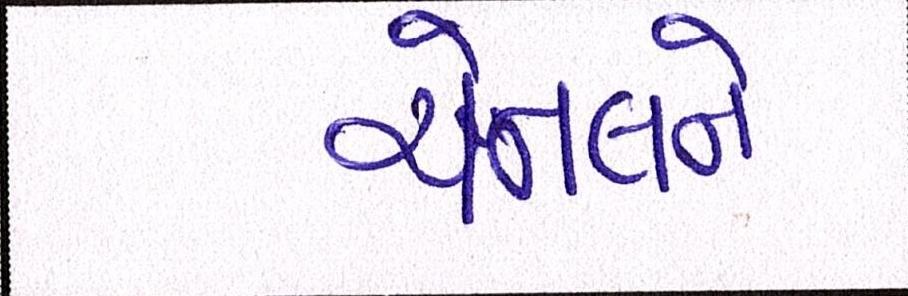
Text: ચેનલને